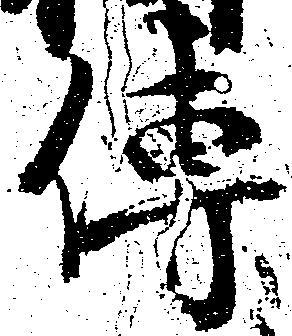
伝